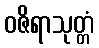
ဝဇိရာသုတ္တံ